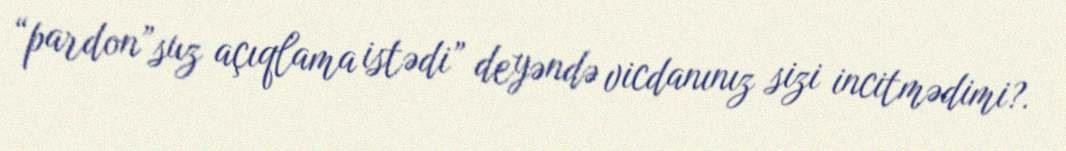
“pardon”suz açıqlama istədi” deyəndə vicdanınız sizi incitmədimi?.